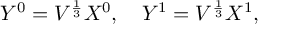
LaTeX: Y ^ { 0 } = { \cal V } ^ { \frac { 1 } { 3 } } X ^ { 0 } , \quad Y ^ { 1 } = { \cal V } ^ { \frac { 1 } { 3 } } X ^ { 1 } ,